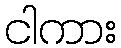
ငါကား